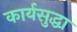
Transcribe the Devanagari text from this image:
कार्यसुद्धा